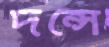
দন্সে